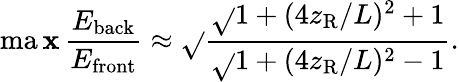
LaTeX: \operatorname*{ma\mathbf{x}}\frac{{E_{\mathrm{{back}}}}}{{E_{\mathrm{{front}}}}}\approx\sqrt{}{{\frac{{\sqrt{}{{1+(4z_{\mathrm{{R}}}/L)^{2}}}+1}}{{\sqrt{}{{1+(4z_{\mathrm{{R}}}/L)^{2}}}-1}}}}.